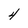
Character: 4